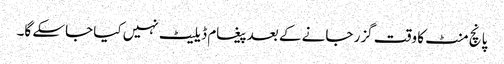
پانچ منٹ کا وقت گزر جانے کے بعد پیغام ڈیلیٹ نہیں کیا جاسکے گا۔